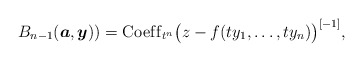
\begin{gather*}B_{n-1}({\boldsymbol{a}},{\boldsymbol{y}})) = {\rm Coef\/f}_{t^{n}}\big( z-f(t y_1,\ldots,t y_n) \big)^{ [ -1 ]},\end{gather*}